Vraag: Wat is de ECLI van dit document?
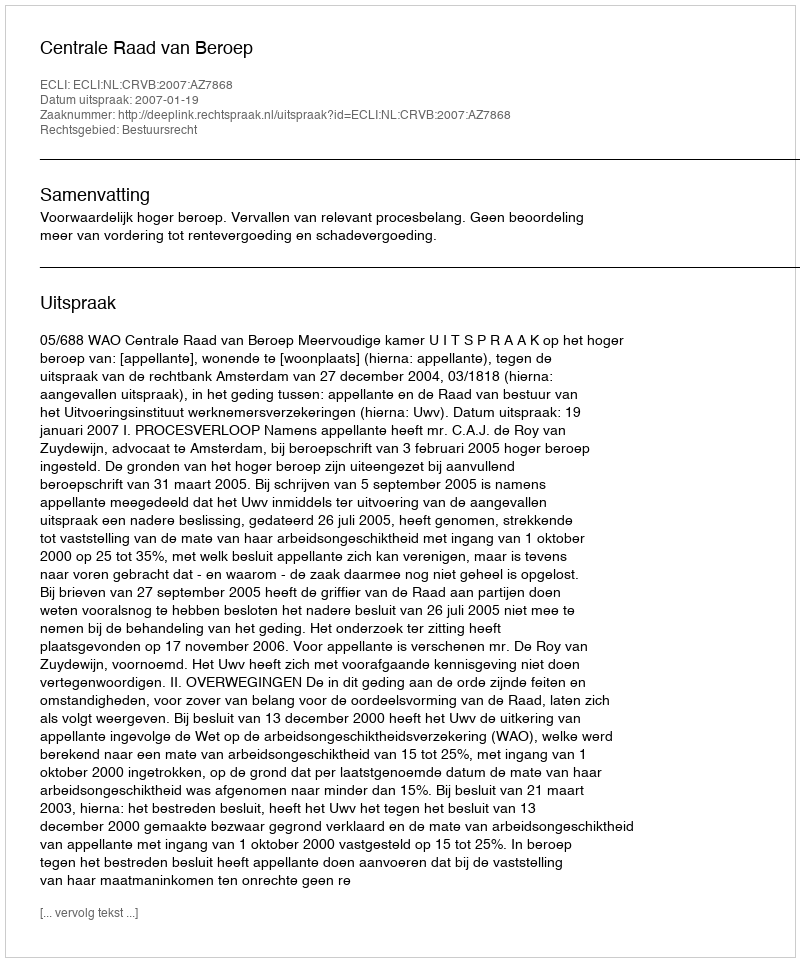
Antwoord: ECLI:NL:CRVB:2007:AZ7868